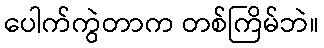
ပေါက်ကွဲတာက တစ်ကြိမ်ဘဲ။